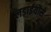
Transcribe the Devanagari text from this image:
लड़ाईयोंसे